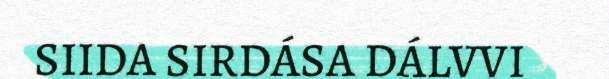
SIIDA SIRDÁSA DÁLVVI